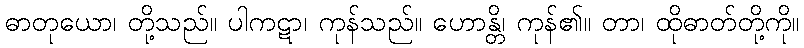
ဓာတုယော၊ တို့သည်။ ပါကဋာ၊ ကုန်သည်။ ဟောန္တိ၊ ကုန်၏။ တာ၊ ထိုဓာတ်တို့ကို။